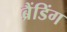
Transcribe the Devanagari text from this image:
ब्रैंडिंग